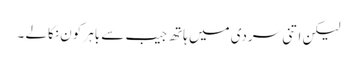
لیکن اتنی سردی میں ہاتھ جیب سے باہر کون نکالے ۔